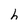
Character: h